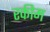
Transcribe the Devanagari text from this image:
रकीम